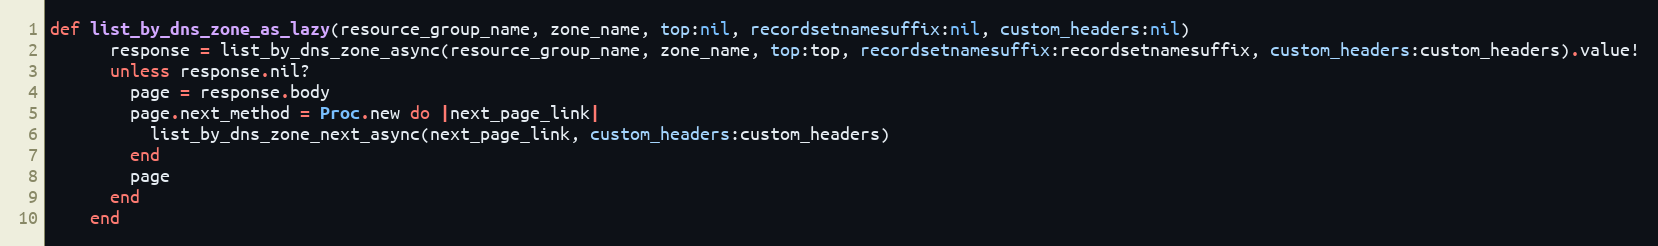
Language: Ruby
def list_by_dns_zone_as_lazy(resource_group_name, zone_name, top:nil, recordsetnamesuffix:nil, custom_headers:nil)
      response = list_by_dns_zone_async(resource_group_name, zone_name, top:top, recordsetnamesuffix:recordsetnamesuffix, custom_headers:custom_headers).value!
      unless response.nil?
        page = response.body
        page.next_method = Proc.new do |next_page_link|
          list_by_dns_zone_next_async(next_page_link, custom_headers:custom_headers)
        end
        page
      end
    end